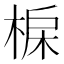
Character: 𣓅